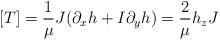
LaTeX: \begin{align*}[T]=\frac{1}{\mu} J(\partial_x h+I\partial_y h)=\frac{2}{\mu} h_z J\end{align*}